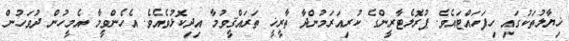
ޚިޔާލުތަކުގައި ހިފަހައްޓައެވެ. ޕުރޮލެޓާރީންގެ ކުރިއަރަމުންދާ ތާރީޚީ ތަރައްޤީވުމާ އިދިކޮޅުވެއެވެ. އެހެންވީމާ އެމީހުން ދުވަހުން